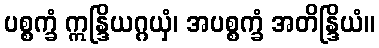
ပစ္စက္ခံ ဣန္ဒြိယဂ္ဂယှံ၊ အပစ္စက္ခံ အတိန္ဒြိယံ။